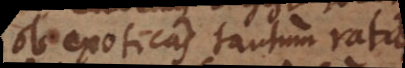
ob exoticas tantum rationes